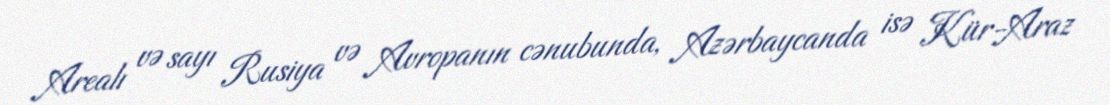
Arealı və sayı Rusiya və Avropanın cənubunda, Azərbaycanda isə Kür-Araz